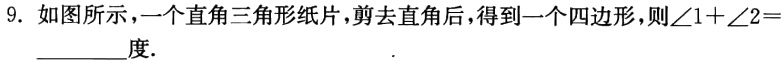
9. 如图所示，一个直角三角形纸片，剪去直角后，得到一个四边形，则\(\angle1 + \angle2 =\)________度.